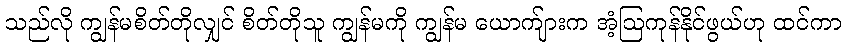
သည်လို ကျွန်မစိတ်တိုလျှင် စိတ်တိုသူ ကျွန်မကို ကျွန်မ ယောက်ျားက အံ့ဩကုန်နိုင်ဖွယ်ဟု ထင်ကာ